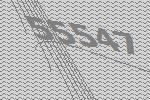
55547